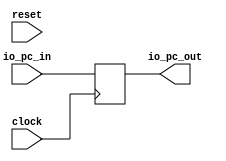
`ifdef RANDOMIZE_GARBAGE_ASSIGN
`define RANDOMIZE
`endif
`ifdef RANDOMIZE_INVALID_ASSIGN
`define RANDOMIZE
`endif
`ifdef RANDOMIZE_REG_INIT
`define RANDOMIZE
`endif
`ifdef RANDOMIZE_MEM_INIT
`define RANDOMIZE
`endif

module pc(
  input         clock,
  input         reset,
  input  [31:0] io_pc_in,
  output [31:0] io_pc_out
);
  reg [31:0] _T_7;
  reg [31:0] _GEN_0;
  assign io_pc_out = _T_7;
`ifdef RANDOMIZE
  integer initvar;
  initial begin
    `ifndef verilator
      #0.002 begin end
    `endif
  `ifdef RANDOMIZE_REG_INIT
  _GEN_0 = {1{$random}};
  _T_7 = _GEN_0[31:0];
  `endif
  end
`endif
  always @(posedge clock) begin
    _T_7 <= io_pc_in;
  end
endmodule